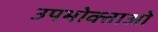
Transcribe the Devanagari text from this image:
उपभोक्‍ताओ